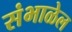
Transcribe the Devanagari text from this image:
संभाळेल